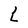
Character: L